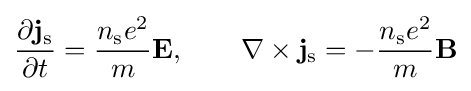
{\frac {\partial \mathbf {j} _{\rm {s}}}{\partial t}}={\frac {n_{\rm {s}}e^{2}}{m}}\mathbf {E} ,\qquad \mathbf {\nabla } \times \mathbf {j} _{\rm {s}}=-{\frac {n_{\rm {s}}e^{2}}{m}}\mathbf {B}